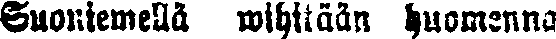
Suoniemellä wihitään huomenna